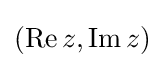
(\operatorname {Re} z,\operatorname {Im} z)